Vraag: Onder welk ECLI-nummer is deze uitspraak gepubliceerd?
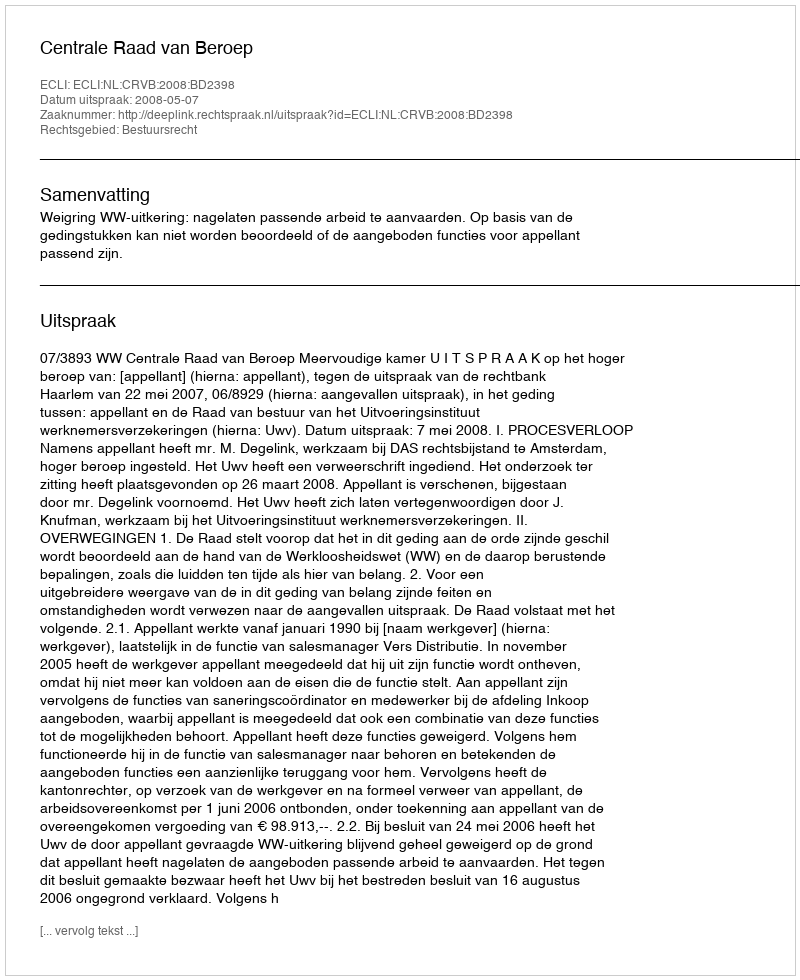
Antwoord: ECLI:NL:CRVB:2008:BD2398